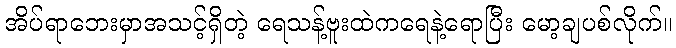
အိပ်ရာဘေးမှာအသင့်ရှိတဲ့ ရေသန့်ဗူးထဲကရေနဲ့ရောပြီး မော့ချပစ်လိုက်။